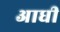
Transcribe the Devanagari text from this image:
अाधी